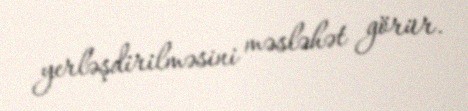
yerləşdirilməsini məsləhət görür.